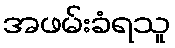
အဖမ်းခံရသူ